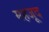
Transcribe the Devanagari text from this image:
महजूद